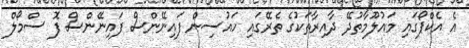
އެ އެކްޕޯގައި މައުލޫމާތުދޭ ދާއިރާތަކުގެ ތެރޭގައި ހައުސިން ފައިނޭންސް ފައިނޭންސް ފޮ ސްމޯލް